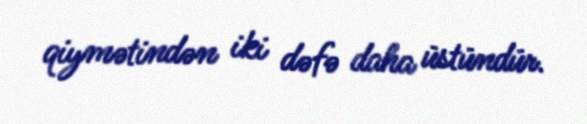
qiymətindən iki dəfə daha üstündür.